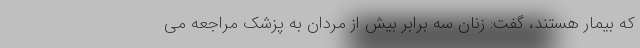
که بیمار هستند، گفت: زنان سه برابر بیش از مردان به پزشک مراجعه می